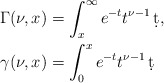
\begin{align*}\Gamma(\nu,x)&=\int_x^\infty e^{-t}t^{\nu-1}\,\d t,\\\gamma(\nu,x)&=\int_0^x e^{-t}t^{\nu-1}\,\d t\end{align*}